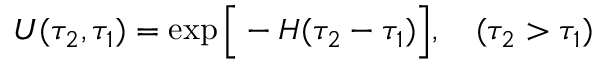
U ( \tau _ { 2 } , \tau _ { 1 } ) = \exp \Big [ - { \cal H } ( \tau _ { 2 } - \tau _ { 1 } ) \Big ] , \quad ( \tau _ { 2 } > \tau _ { 1 } )